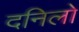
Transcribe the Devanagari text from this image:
दनिलो